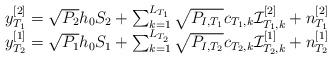
LaTeX: \begin{align*}\begin{array}{l}y_{{T_1}}^{[2]} = \sqrt {{P_{{2}}}} h_0{S_{{2}}} + \sum_{k = 1}^{{L_{T_1}}} {\sqrt {P_{I,{T_1}}} {c_{{T_1},k}}{\cal I}_{{T_1},k}^{[2]}} + n_{{T_1}}^{[2]} \\y_{{T_2}}^{[1]} = \sqrt {{P_{{1}}}} h_0{S_{{1}}} + \sum_{k = 1}^{{L_{T_2}}} {\sqrt {P_{I,{T_2}}} {c_{{T_2},k}}{\cal I}_{{T_2},k}^{[1]}} + n_{{T_2}}^{[1]}\end{array}\end{align*}